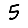
Digit: 5